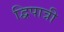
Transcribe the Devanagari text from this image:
द्विपात्री